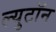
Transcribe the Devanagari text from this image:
ल्युटॉन